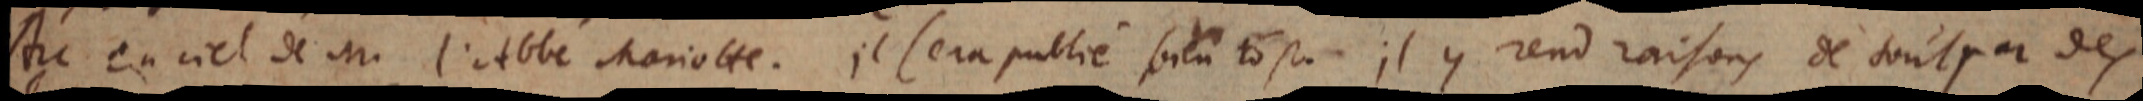
Arc en ciel de M. l’Abbé Mariotte. Il sera publié bien tost. Il y rend raison de tout par des